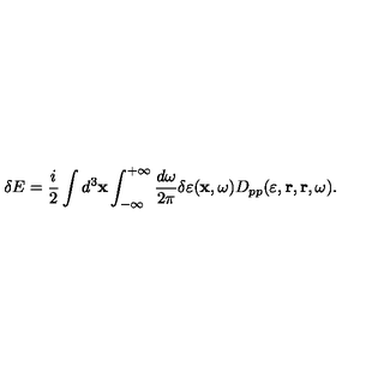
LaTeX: \delta E = \frac { i } { 2 } \int d ^ { 3 } { \bf x } \int _ { - \infty } ^ { + \infty } \frac { d \omega } { 2 \pi } \delta \varepsilon ( { \bf x } , \omega ) D _ { p p } ( \varepsilon , { \bf r } , { \bf r } , \omega ) .